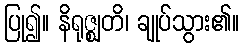
ပြု၍။ နိရုဇ္ဈတိ၊ ချုပ်သွား၏။